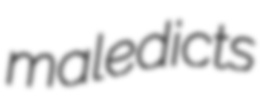
maledicts